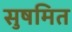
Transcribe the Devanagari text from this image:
सुषमित